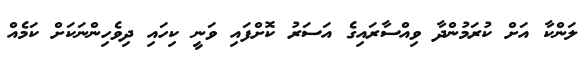
ލަންކާ އަށް ކުރަމުންދާ ވިއްސާރައިގެ އަސަރު ކޮށްފައި ވަނީ ކިހައި ދިވެހިންނަކަށް ކަމެއް